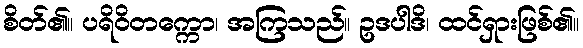
စိတ်၏။ ပရိဝိတက္ကော၊ အကြသည်။ ဥဒပါဒိ၊ ထင်ရှားဖြစ်၏။